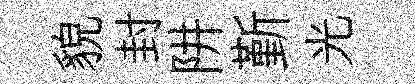
貌封阱斳光